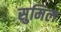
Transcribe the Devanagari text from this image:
सुमिल